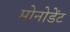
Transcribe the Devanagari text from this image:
मोनोडेंट